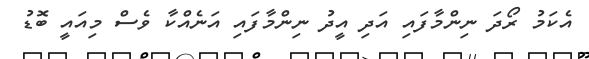
އެކަމު ރޯދަ ނިންމާފައި އަދި އީދު ނިންމާފައި އަނެއްކާ ވެސް މިއައީ ބޮޑު